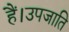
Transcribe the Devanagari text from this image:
हैं।उपजाति